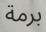
برمة